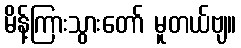
မိန့်ကြားသွားတော် မူတယ်ဗျ။